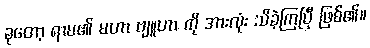
ခုတော့ ရာမ၏ မဟာ ဗျူဟာ ကို အားလုံး သိခဲ့ကြပြီ ဖြစ်၏။